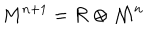
LaTeX: { M } ^ { n + 1 } = { \cal R } \otimes { \cal M } ^ { n }